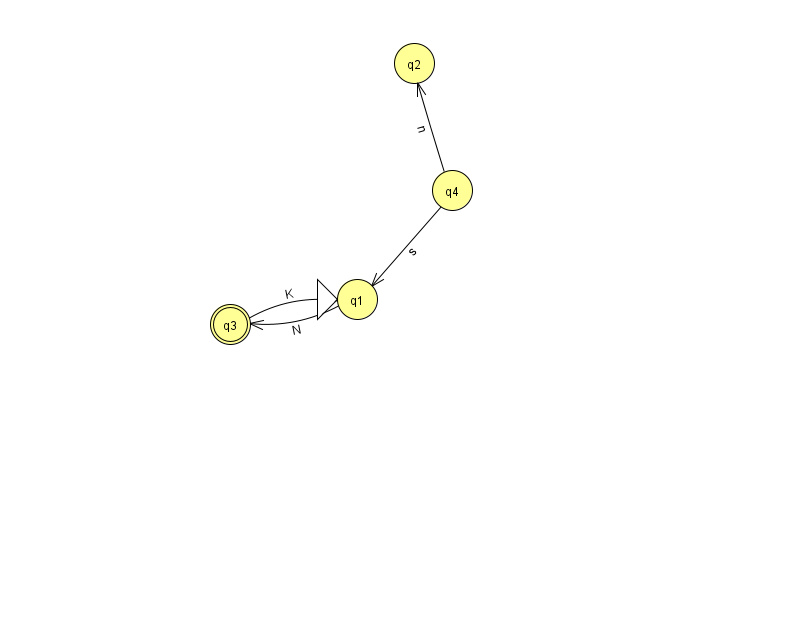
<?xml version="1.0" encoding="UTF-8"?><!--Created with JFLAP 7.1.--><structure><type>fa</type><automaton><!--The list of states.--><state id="1" name="q1"><x>357.0</x><y>286.0</y><initial/></state><state id="2" name="q2"><x>414.0</x><y>50.0</y></state><state id="3" name="q3"><x>230.0</x><y>311.0</y><final/></state><state id="4" name="q4"><x>452.0</x><y>177.0</y></state><!--The list of transitions.--><transition><from>1</from><to>3</to><read>N</read></transition><transition><from>4</from><to>2</to><read>n</read></transition><transition><from>3</from><to>1</to><read>K</read></transition><transition><from>4</from><to>1</to><read>s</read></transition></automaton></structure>